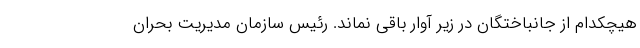
هیچکدام از جانباختگان در زیر آوار باقی نماند. رئیس سازمان مدیریت بحران